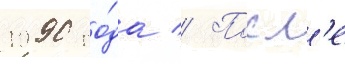
1990 го́да // Посл'е